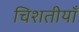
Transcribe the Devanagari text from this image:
चिशतीयाँ